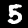
Label: 5